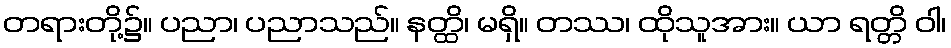
တရားတို့၌။ ပညာ၊ ပညာသည်။ နတ္ထိ၊ မရှိ။ တဿ၊ ထိုသူအား။ ယာ ရတ္တိ ဝါ၊